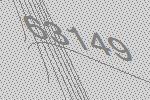
63149